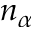
n _ { \alpha }